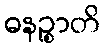
ဓနဉ္စာတိ